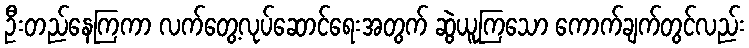
ဦးတည်နေကြကာ လက်တွေ့လုပ်ဆောင်ရေးအတွက် ဆွဲယူကြသော ကောက်ချက်တွင်လည်း